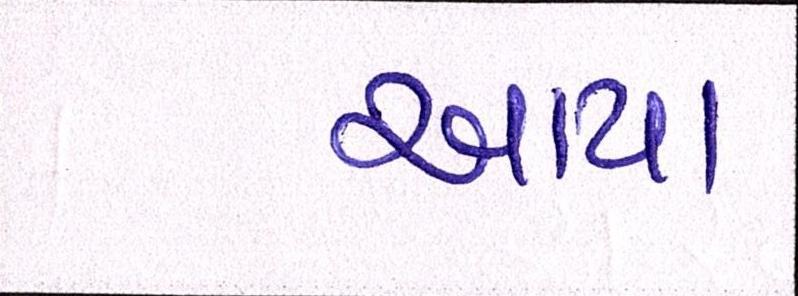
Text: આયા